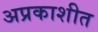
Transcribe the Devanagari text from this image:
अप्रकाशीत